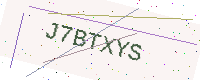
Text: J7BTXYS